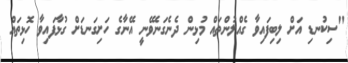
"ސިކުނޑި އަށް ލިބިފައިވާ ގެއްލުންތައް މުޅިން ދެނެގަނެވޭނީ އޭނާގެ ހަށިގަނޑަށް ގުޅާފައިވާ ހޮޅިތައް